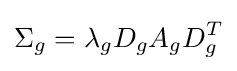
\Sigma _{g}=\lambda _{g}D_{g}A_{g}D_{g}^{T}